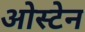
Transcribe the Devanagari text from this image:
ओस्टेन